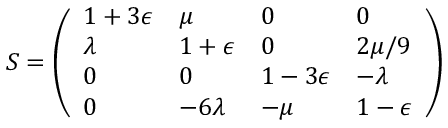
{ \cal S } = \left( \begin{array} { l l l l } { { 1 + 3 \epsilon } } & { { \mu } } & { { 0 } } & { { 0 } } \\ { { \lambda } } & { { 1 + \epsilon } } & { { 0 } } & { { 2 \mu / 9 } } \\ { { 0 } } & { { 0 } } & { { 1 - 3 \epsilon } } & { { - \lambda } } \\ { { 0 } } & { { - 6 \lambda } } & { { - \mu } } & { { 1 - \epsilon } } \end{array} \right)